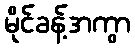
မိုင်ခန့်အကွာ